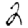
Digit: 2